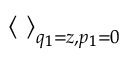
\left< \ \right> _ { q _ { 1 } = z , p _ { 1 } = 0 }